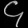
Digit: ၄